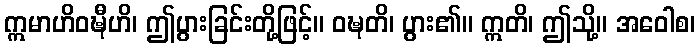
ဣမာဟိဝဍ္ဎီဟိ၊ ဤပွားခြင်းတို့ဖြင့်။ ဝဍ္ဎတိ၊ ပွား၏။ ဣတိ၊ ဤသို့။ အဝေါစ၊